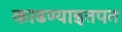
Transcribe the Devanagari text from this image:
काढण्याइतपत